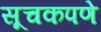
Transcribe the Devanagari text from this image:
सूचकपणे